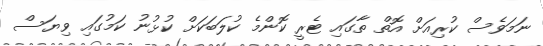
ނަމަވެސް ކުރިއަށް އޮތް ތާގައި ޓެރީ ކޮންމެ ކުލަބަކަށް ކުޅުނު ކަމުގައި ވިޔަސް